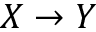
X \rightarrow Y